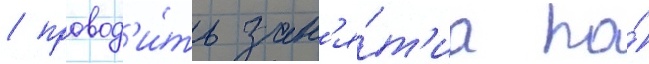
/ провод'и́ть зан'я́т'иа по́